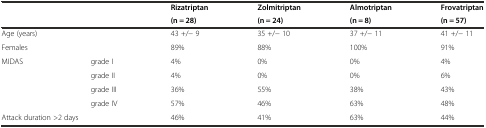
<table><thead><tr><td colspan="2"></td><td><b>Rizatriptan</b></td><td><b>Zolmitriptan</b></td><td><b>Almotriptan</b></td><td><b>Frovatriptan</b></td></tr><tr><td colspan="2"></td><td><b>(n = 28)</b></td><td><b>(n = 24)</b></td><td><b>(n = 8)</b></td><td><b>(n = 57)</b></td></tr></thead><tbody><tr><td>Age (years)</td><td></td><td>43 +/− 9</td><td>35 +/− 10</td><td>37 +/− 11</td><td>41 +/− 11</td></tr><tr><td>Females</td><td></td><td>89%</td><td>88%</td><td>100%</td><td>91%</td></tr><tr><td>MIDAS</td><td>grade I</td><td>4%</td><td>0%</td><td>0%</td><td>4%</td></tr><tr><td></td><td>grade II</td><td>4%</td><td>0%</td><td>0%</td><td>6%</td></tr><tr><td></td><td>grade III</td><td>36%</td><td>55%</td><td>38%</td><td>43%</td></tr><tr><td></td><td>grade IV</td><td>57%</td><td>46%</td><td>63%</td><td>48%</td></tr><tr><td colspan="2">Attack duration &gt;2 days</td><td>46%</td><td>41%</td><td>63%</td><td>44%</td></tr></tbody></table>